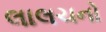
લાલચનો